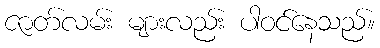
ဇာတ်လမ်း များလည်း ပါဝင်နေသည်။